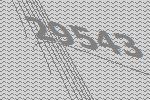
29543